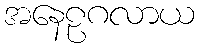
အနေဠဂလာယ